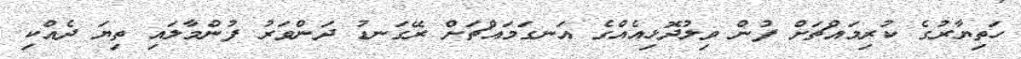
ހަތިޔާރުގެ ކުރިމައްޗަށް ފުން ވިލުދޮޅިއެއްގެ އަނގަމައްޗަށް ރޭގަނޑު ދަންވަރު ފުންމާލައި ތިޔަ ދެއްކި